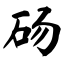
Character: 砀